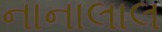
નાનાલાલ